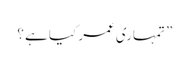
” تمہاری عمر کیا ہے ؟